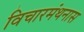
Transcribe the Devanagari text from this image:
विचारमंथनास